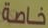
خاصة